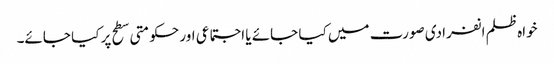
خواہ ظلم انفرادی صورت میں کیا جائے یا اجتماعی اور حکومتی سطح پر کیا جائے۔